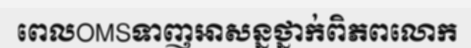
ពេលOMSទាញអាសន្នថ្នាក់ពិភពលោក